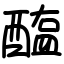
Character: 醢